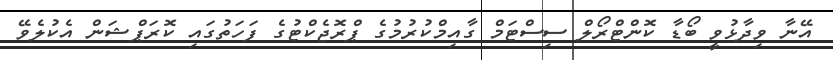
އޭނާ ވިދާޅުވީ ބޯޑާ ކޮންޓްރޯލް ސިސްޓަމް ގާއިމްކުރުމުގެ ޕްރޮޖެކްޓުގެ ފަހަތުގައި ކޮރަޕްޝަން އެކުލެވޭ